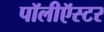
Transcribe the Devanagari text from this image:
पॉलीऍस्टर